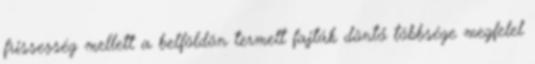
frissesség mellett a belföldön termelt fajták döntő többsége megfelel